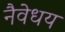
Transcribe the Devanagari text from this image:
नैवेधय